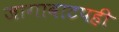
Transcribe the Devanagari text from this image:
जागावाटपही